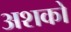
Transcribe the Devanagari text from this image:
अशको